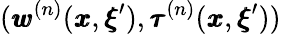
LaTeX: ({\pmb w}^{(n)}({\pmb x},{\pmb\xi}^{\prime}),{\pmb\tau}^{(n)}({\pmb x},{\pmb\xi}^{\prime}))